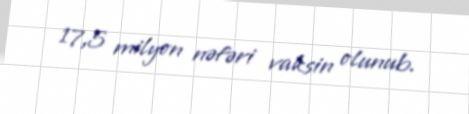
17,5 milyon nəfəri vaksin olunub.